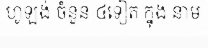
ហូឡង់ ចំនួន ៤ទៀត ក្នុង នាម